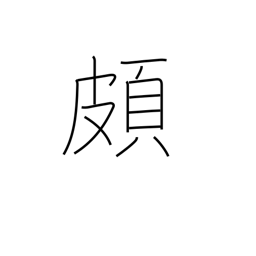
Meaning: prejudiced